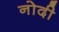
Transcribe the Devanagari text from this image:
नोदी